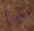
ما